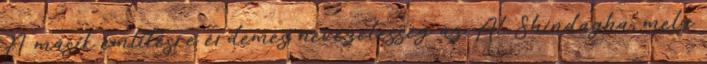
A másik említésre érdemes nevezetesség az Al Shindagha, mely